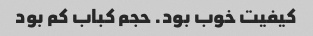
کیفیت خوب بود. حجم کباب کم بود